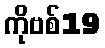
ကိုဗစ်19